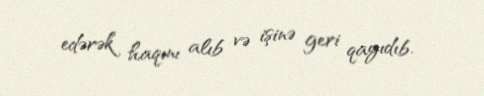
edərək haqını alıb və işinə geri qayıdıb.